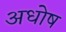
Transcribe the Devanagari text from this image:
अधोष